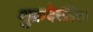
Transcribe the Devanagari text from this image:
शुक्रदेखील